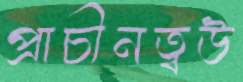
প্রাচীনত্বউ